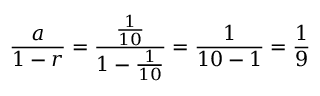
{ \frac { a } { 1 - r } } = { \frac { \frac { 1 } { 1 0 } } { 1 - { \frac { 1 } { 1 0 } } } } = { \frac { 1 } { 1 0 - 1 } } = { \frac { 1 } { 9 } }